Plague in India, 1896, 1897 - Volume 2
Year: 1896
Disease focus: Plague
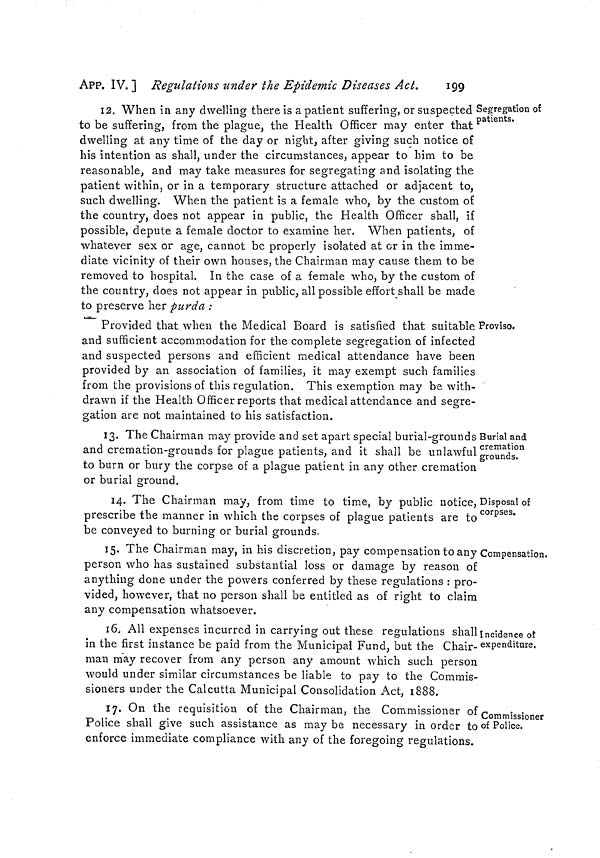
242
Measures to prevent the
[ APP. IX.
suffering, or during the voyage has suffered, from plague, he shall
direct the Commander to take the vessel to the quarantine anchorage,
and there to remain for a period of fifteen days from the day of
arrival in the port ; and shall further direct that, during such fifteen
days, intercourse between the said vessel and the shore or other
vessels and boats in the harbour shall be prohibited.
V.—If, during the period a vessel is at the quarantine anchorage
aforesaid, any case or cases of plague should occur on board, the
said vessel shall remain in quarantine for a period of fifteen days
from the date of the last case occurring, and be subject to all the
prohibitions provided for in rule IV.
VI.—When any vessel has been placed in quarantine as aforesaid,
the Health Officer may direct the removal of so many of the passen-
gers and crew as may not be suffering from illness, and whose
services may not be required on board the vessel, to such particular
spots as may from time to time be selected as places of quarantine,
there to remain for a period of fifteen days. If a case of plague
occurs among such, passengers and crew during any such period,
they shall remain in a place of quarantine for a period of fifteen days
from the date of the occurrence of the last case of such illness.
VII.—Any mails or cargo which may be brought by any vessel so
arriving shall be landed under such precautions as the Health Officer
may deem necessary to prevent the spread of the disease.
VIII.—It will be the duty of the Port Officer to facilitate the con-
veyance to all vessels in quarantine of such supplies of provisions,
stores or other articles as may be required by those on board. Such
supplies will be placed on the boats of the vessels in quarantine, to be
subsequently removed by members of their crews.
IX.—All vessels arriving at the port which may have communicated
with infected vessels coming from Karachi shall be subjected to the
same quarantine as vessels arriving from Karachi with plague on
board.
No. 48.
Notification of the Government of India in the Home Department, No. 24, dated
the 12th January 1897.
Rules at Calcutta
against Karachi.
The following rules for quarantine against plague, which have
been made by the Government of Bengal in exercise of the power
conferred by section I, Act I of 1870, with the previous sanction of
the Governor General in Council, are published for general inform-
ation.
The rules have effect from the 6th January 1897 as a temporary
measure at the port of Calcutta :—
I.—The Commander of every vessel, including buggalows or other
native craft arriving from Karachi, shall on arrival at the Sandheads